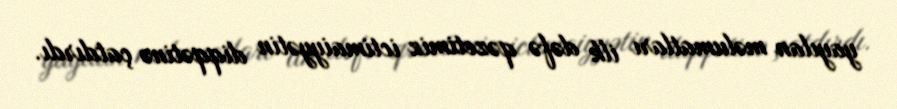
yayılan məlumatları ilk dəfə qəzetimiz ictimaiyyətin diqqətinə çatdırdı.